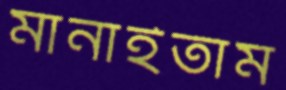
মানাইতাম